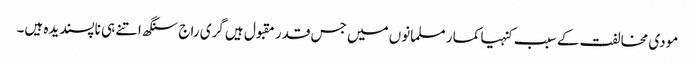
مودی مخالفت کے سبب کنہیا کمار مسلمانوں میں جس قدر مقبول ہیں گری راج سنگھ اتنے ہی ناپسندیدہ ہیں۔